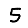
Digit: 5